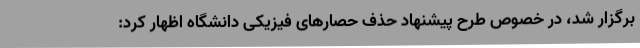
برگزار شد، در خصوص طرح پیشنهاد حذف حصارهای فیزیکی دانشگاه اظهار کرد: